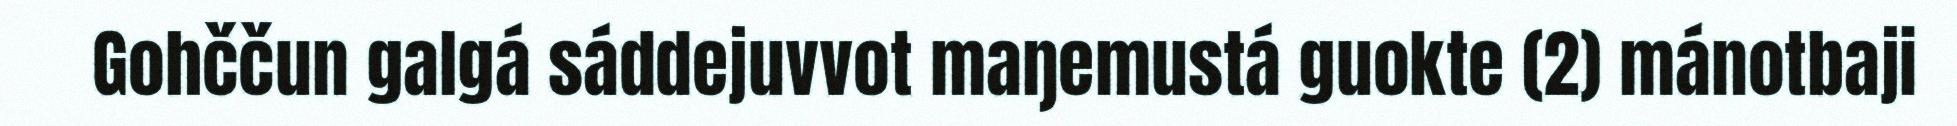
Gohččun galgá sáddejuvvot maŋemustá guokte (2) mánotbaji